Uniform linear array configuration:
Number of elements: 4
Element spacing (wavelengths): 0.25
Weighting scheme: kaiser
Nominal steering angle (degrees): -15
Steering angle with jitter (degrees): -16.481
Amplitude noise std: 0.05
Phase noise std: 0.05

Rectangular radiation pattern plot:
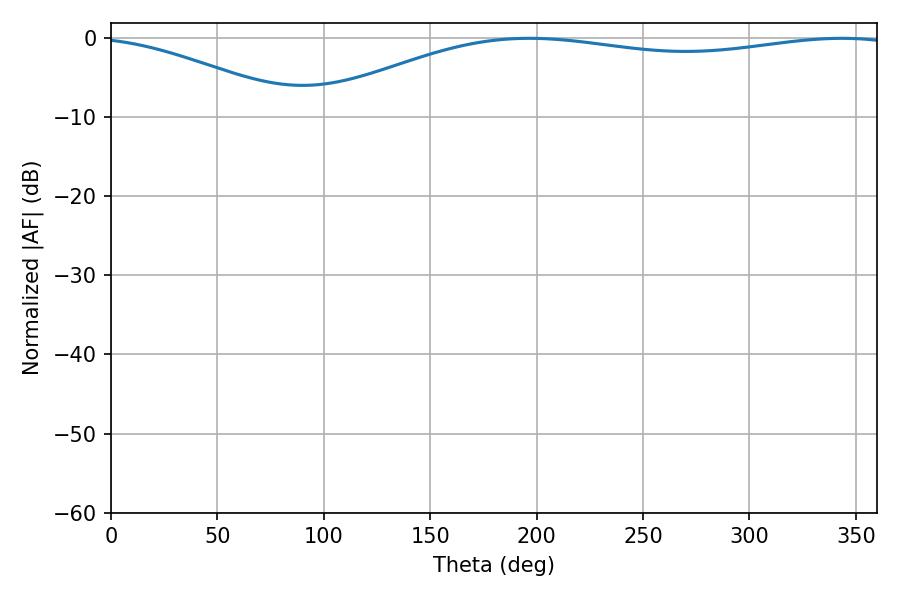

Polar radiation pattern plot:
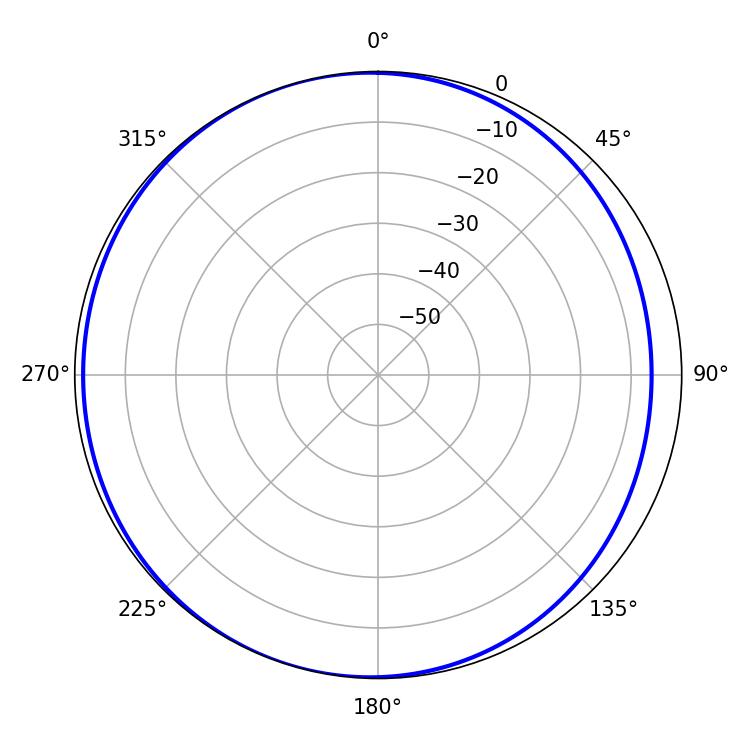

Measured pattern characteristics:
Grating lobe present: FALSE
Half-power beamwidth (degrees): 221.76
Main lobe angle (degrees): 196.56